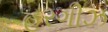
હરગીઝ